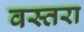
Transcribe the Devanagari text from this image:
वस्तरा